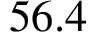
5 6 . 4